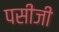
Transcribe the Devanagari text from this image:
पसीजी